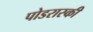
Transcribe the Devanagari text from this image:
पोडरास्की